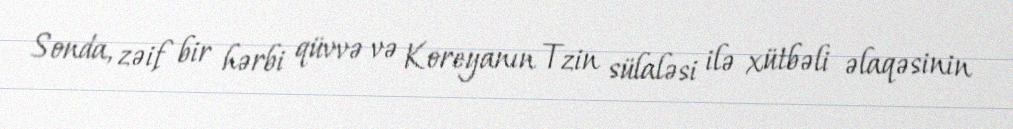
Sonda, zəif bir hərbi qüvvə və Koreyanın Tzin sülaləsi ilə xütbəli əlaqəsinin